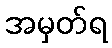
အမှတ်ရ